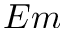
E m